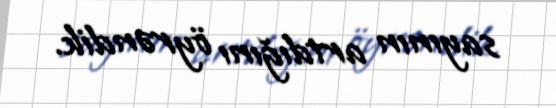
sayının artdığını öyrəndik.